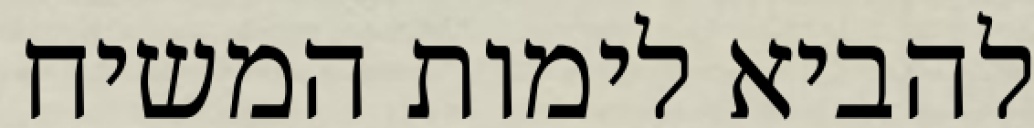
להביא לימות המשיח